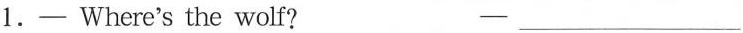
1.— Where's the wolf? —___